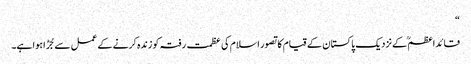
“
قائداعظمؒ کے نزدیک پاکستان کے قیام کا تصور اسلام کی عظمت رفتہ کو زندہ کرنے کے عمل سے جُڑا ہوا ہے۔